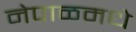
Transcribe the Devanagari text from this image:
नेपाळमधे